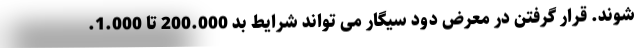
شوند. قرار گرفتن در معرض دود سیگار می تواند شرایط بد 200.000 تا 1.000.